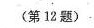
〈第12题)